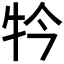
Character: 𤘡